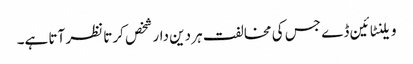
ویلنٹائین ڈے جس کی مخالفت ہر دین دار شخص کرتا نظر آتا ہے۔